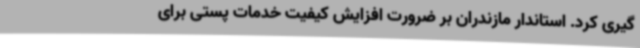
گیری کرد. استاندار مازندران بر ضرورت افزایش کیفیت خدمات پستی برای